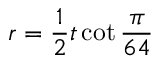
r = { \frac { 1 } { 2 } } t \cot { \frac { \pi } { 6 4 } }